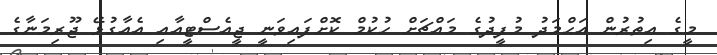
މީގެ އިތުރުން އަޙްމަދު މުފީދުގެ މައްޗަށް ހުކުމް ކޮށްފައިވަނީ ޖީއެސްޓީއާއި އެއާގުޅޭ ޖޫރިމަނާގެ